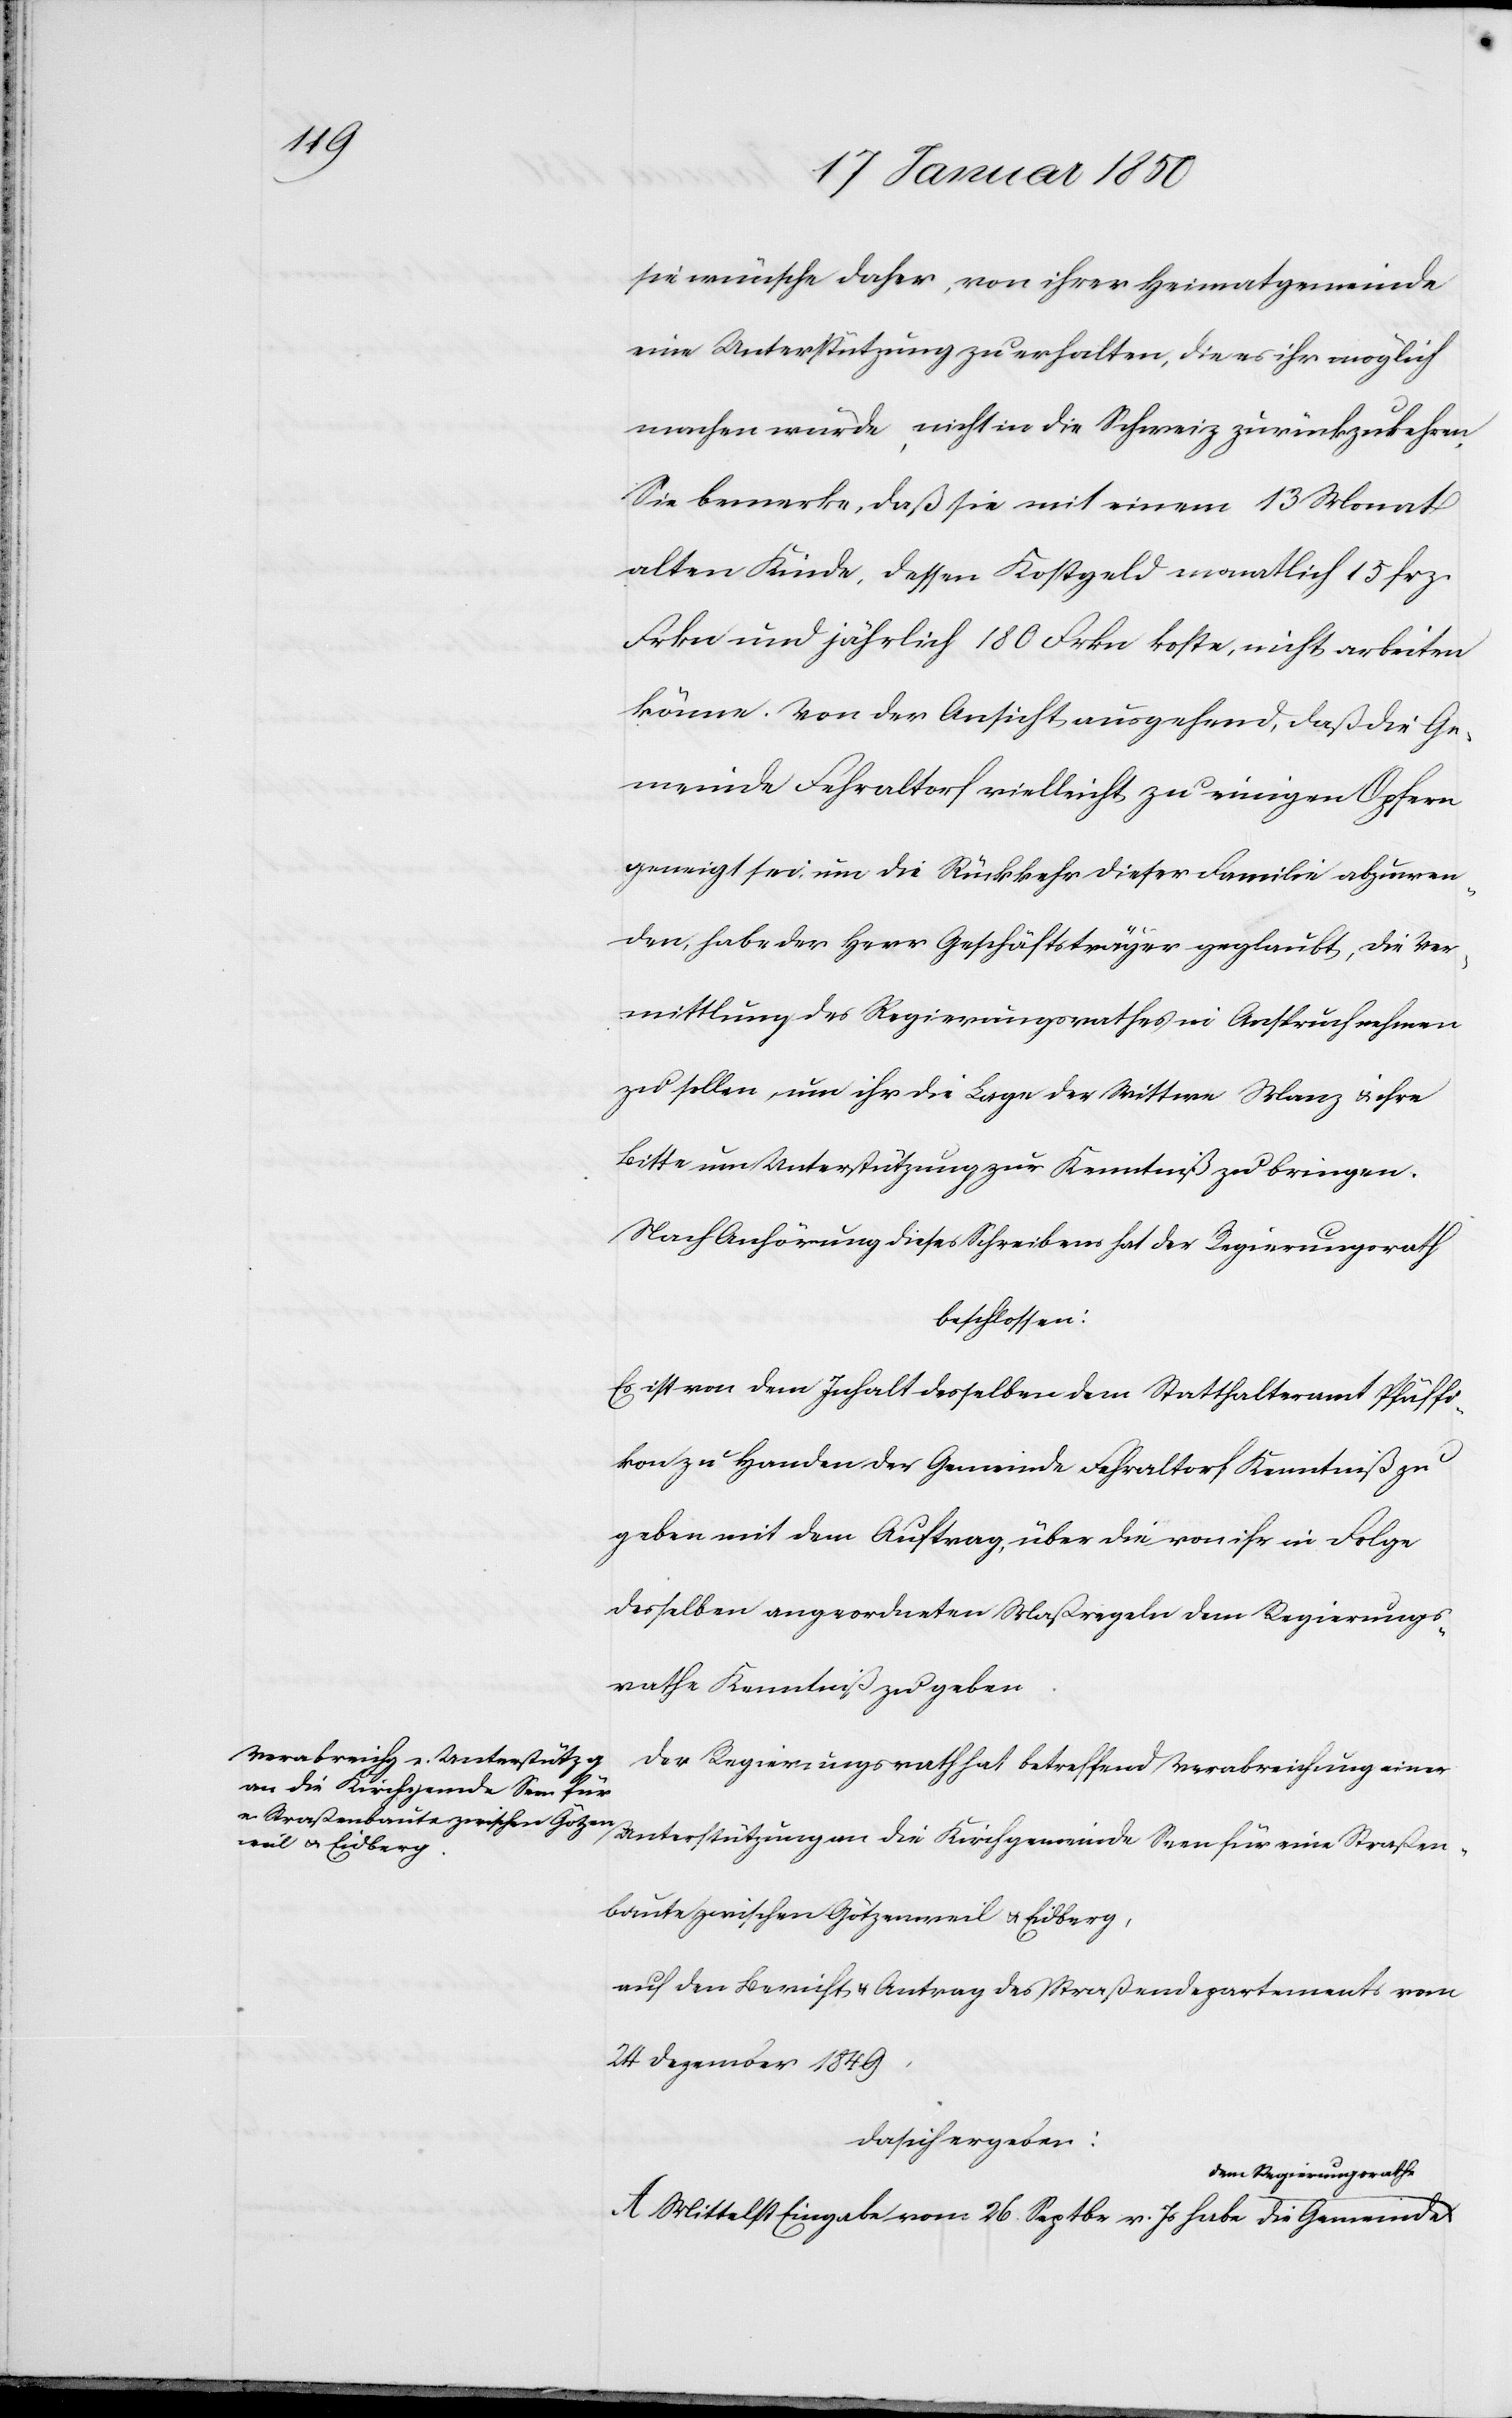
sie wünsche daher, von ihrer Heimatgemeinde
eine Unterstützung zu erhalten, die es ihr möglich
machen würde, nicht in die Schweiz zurückzukehren.
Sie bemerke, daß sie mit einem 13 Monat
alten Kinde, dessen Kostgeld monatlich 15 frz.
Frkn und jährlich 180 Frkn koste, nicht arbeiten
könne. Von der Ansicht ausgehend, daß die Ge¬
meinde Fehraltorf vielleicht zu einigen Opfern
geneigt sei um die Rückkehr dieser Familie abzuwen¬
den, habe der Herr Geschäftsträger geglaubt, die Ver¬
mittlung des Regierungsrathes in Anspruch nehmen
zu sollen, um ihr die Lage der Wittwe Manz u. ihre
Bitte um Unterstützung zur Kenntniß zu bringen.
Nach Anhörung dieses Schreibens hat der Regierungsrath
beschlossen:
Es ist von dem Inhalt desselben dem Statthalteramt Pfäffi¬
kon zu Handen der Gemeinde Fehraltorf Kenntinß zu
geben mit dem Auftrag, über die von ihr in Folge
desselben angeordneten Maßregeln dem Regierungs¬
rathe Kenntniß zu geben.
Der Regierungsrath hat betreffend Verabreichung einer
Unterstützung an die Kirchgemeinde Seen für eine Straßen¬
baute zwischen Götzenweil u. Eidberg,
auf den Bericht u. Antrag des Straßendepartements vom
24 Dezember 1849,
da sich ergeben:
dem Regierungsrathe
A Mittelst Eingabe vom 26. Septbr v. Js habe die Gemeinde